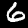
Digit: 6